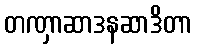
တဏှာဆာဒနဆာဒိတာ